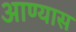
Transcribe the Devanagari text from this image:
आण्यास